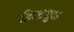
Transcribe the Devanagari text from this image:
हिल्टसुक